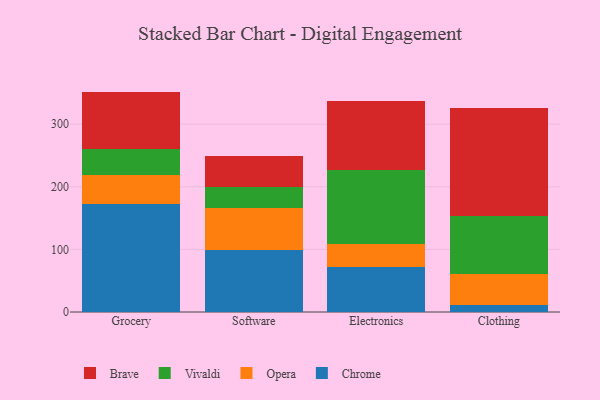
{"axis": {"x": "Category", "y": "Temperature (°C)"}, "legend": ["Brave", "Chrome", "Opera", "Vivaldi"], "data": [{"x": "Grocery", "y": 172.7, "type": "Chrome"}, {"x": "Grocery", "y": 46.1, "type": "Opera"}, {"x": "Grocery", "y": 41.3, "type": "Vivaldi"}, {"x": "Grocery", "y": 92.0, "type": "Brave"}, {"x": "Software", "y": 98.3, "type": "Chrome"}, {"x": "Software", "y": 68.3, "type": "Opera"}, {"x": "Software", "y": 32.4, "type": "Vivaldi"}, {"x": "Software", "y": 50.7, "type": "Brave"}, {"x": "Electronics", "y": 72.0, "type": "Chrome"}, {"x": "Electronics", "y": 37.1, "type": "Opera"}, {"x": "Electronics", "y": 118.1, "type": "Vivaldi"}, {"x": "Electronics", "y": 109.5, "type": "Brave"}, {"x": "Clothing", "y": 11.9, "type": "Chrome"}, {"x": "Clothing", "y": 48.4, "type": "Opera"}, {"x": "Clothing", "y": 93.8, "type": "Vivaldi"}, {"x": "Clothing", "y": 171.7, "type": "Brave"}]}